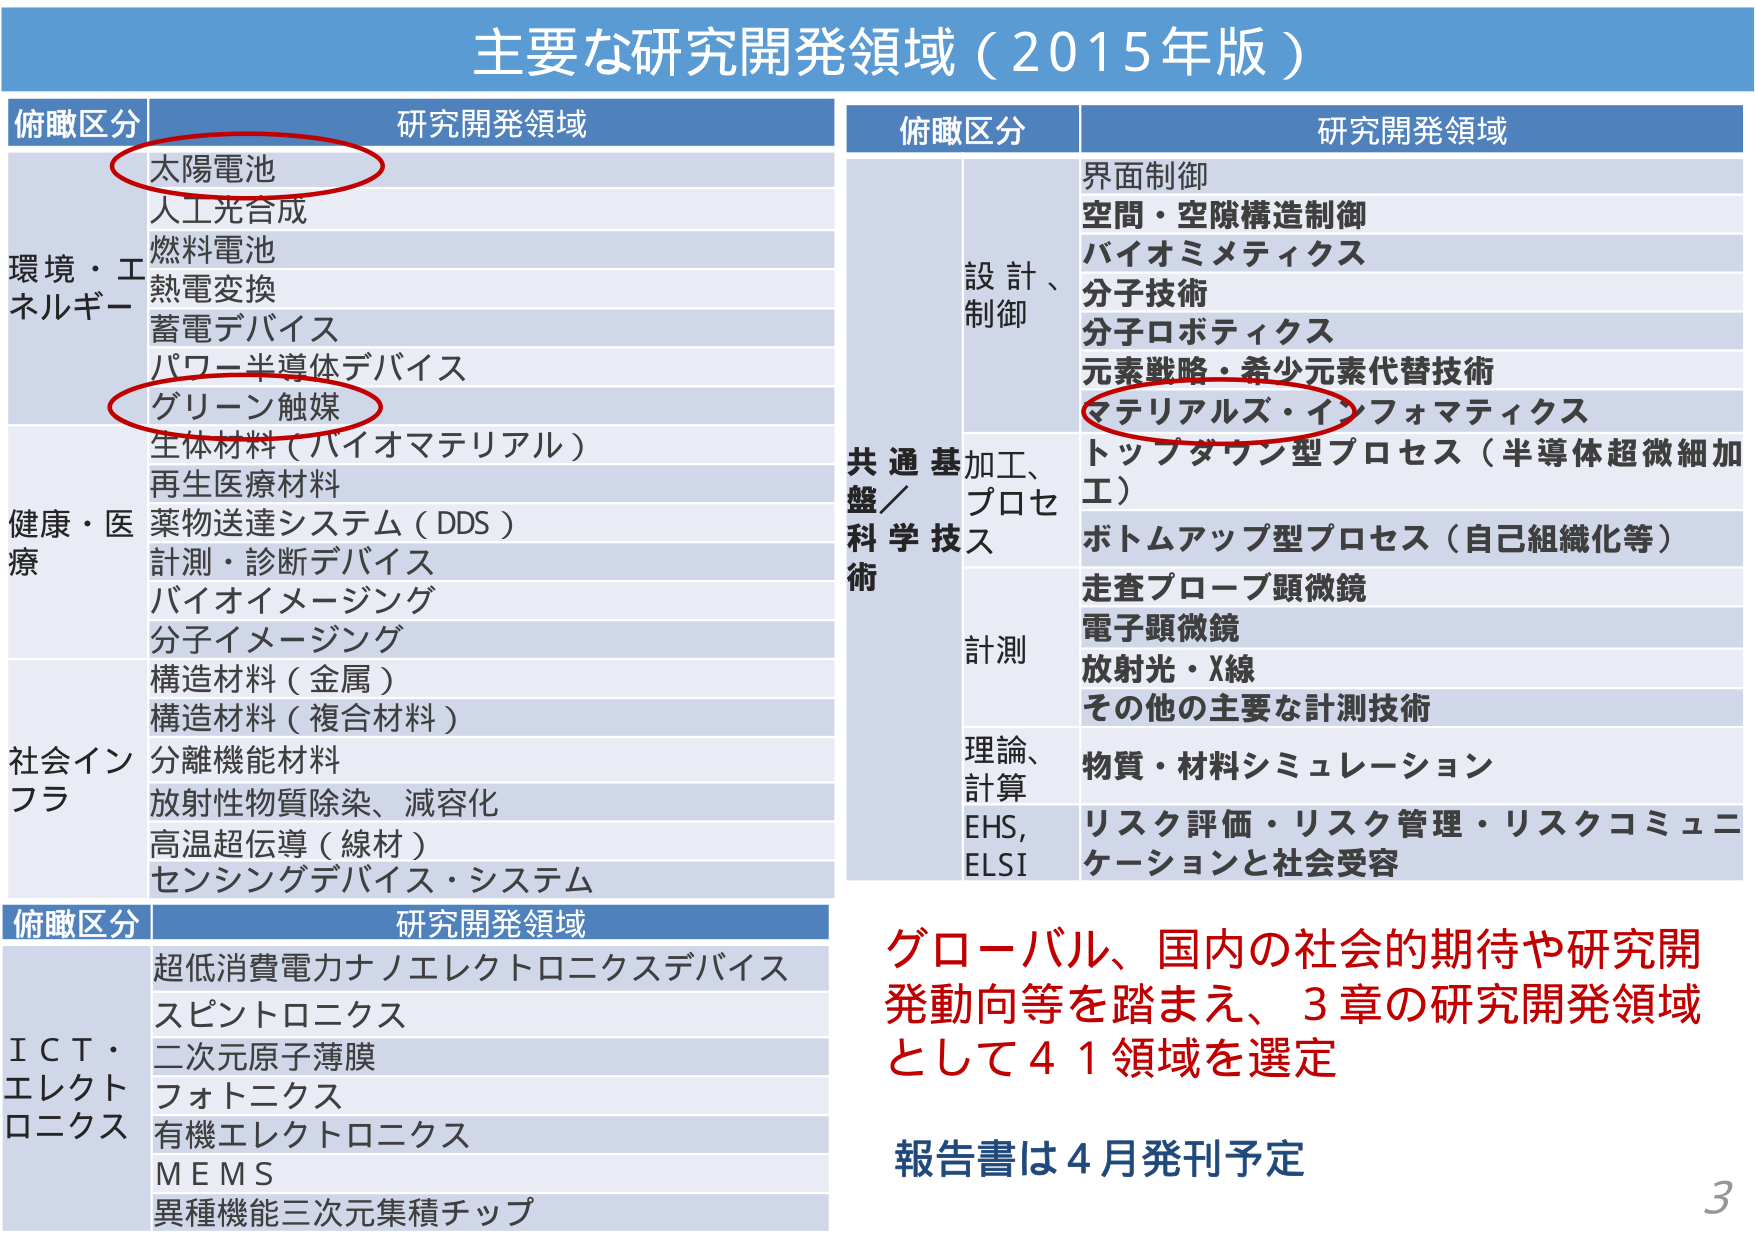
主要な研究開発領域（2015年版）

俯瞰区分 研究開発領域
環境・エネルギー
太陽電池
人工光合成
燃料電池
熱電変換
蓄電デバイス
パワー半導体デバイス
グリーン触媒
生体材料（バイオマテリアル）
再生医療材料
健康・医療
薬物送達システム（DDS）
計測・診断デバイス
バイオイメージング
分子イメージング
構造材料（金属）
構造材料（複合材料）
社会インフラ
分離機能材料
放射性物質除染、減容化
高温超伝導（線材）
センシングデバイス・システム

俯瞰区分 研究開発領域
共通基盤／科学技術
設計、制御
界面制御
空間・空隙構造制御
バイオミメティクス
分子技術
分子ロボティクス
元素戦略・希少元素代替技術
マテリアルズ・インフォマティクス
加工、プロセス
トップダウン型プロセス（半導体超微細加工）
ボトムアップ型プロセス（自己組織化等）
計測
走査プローブ顕微鏡
電子顕微鏡
放射光・X線
その他の主要な計測技術
理論、計算
物質・材料シミュレーション
EHS, ELSI
リスク評価・リスク管理・リスクコミュニケーションと社会受容

俯瞰区分 研究開発領域
ICT・エレクトロニクス
超低消費電力ナノエレクトロニクスデバイス
スピントロニクス
二次元原子薄膜
フォトニクス
有機エレクトロニクス
MEMS
異種機能三次元集積チップ

グローバル、国内の社会的期待や研究開発動向等を踏まえ、3章の研究開発領域として41領域を選定
報告書は4月発刊予定
3